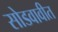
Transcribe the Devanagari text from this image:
सोडवावीत